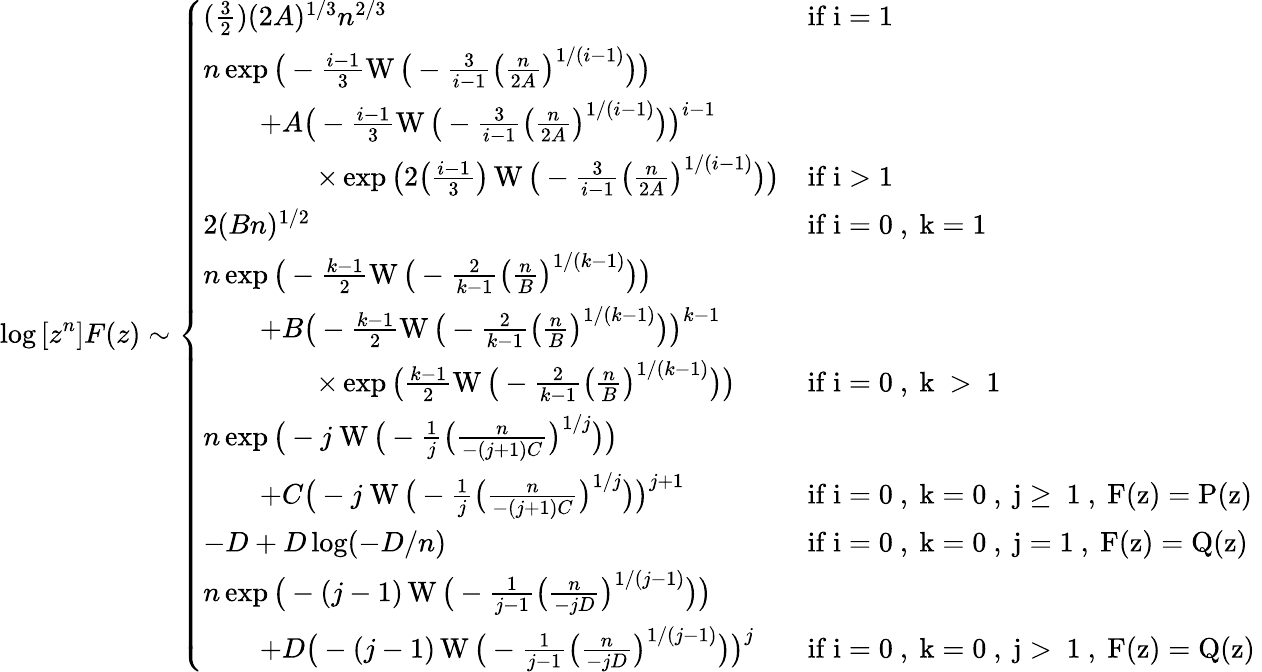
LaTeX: \log{[z^{n}]F(z)}\sim\left\{ \begin{array}{ll}{(\frac{3}{2})(2A)^{1/3}n^{2/3}}&{\mathrm{if~i=1~}}\\ {n\exp\big(-\frac{i-1}{3}\operatorname{W}\big(-\frac{3}{i-1}\big(\frac{n}{2A}\big)^{1/(i-1)}\big)\big)}\\ {\qquad+A\big(-\frac{i-1}{3}\operatorname{W}\big(-\frac{3}{i-1}\big(\frac{n}{2A}\big)^{1/(i-1)}\big)\big)^{i-1}}\\ {\qquad\qquad\times\exp\big(2\big(\frac{i-1}{3}\big)\operatorname{W}\big(-\frac{3}{i-1}\big(\frac{n}{2A}\big)^{1/(i-1)}\big)\big)}&{\mathrm{if~i>1~}}\\ {2(Bn)^{1/2}}&{\mathrm{if~i=0~,~k=1~}}\\ {n\exp\big(-\frac{k-1}{2}\operatorname{W}\big(-\frac{2}{k-1}\big(\frac{n}{B}\big)^{1/(k-1)}\big)\big)}\\ {\qquad+B\big(-\frac{k-1}{2}\operatorname{W}\big(-\frac{2}{k-1}\big(\frac{n}{B}\big)^{1/(k-1)}\big)\big)^{k-1}}\\ {\qquad\qquad\times\exp\big(\frac{k-1}{2}\operatorname{W}\big(-\frac{2}{k-1}\big(\frac{n}{B}\big)^{1/(k-1)}\big)\big)}&{\mathrm{if~i=0~,~k~>~1~}}\\ {n\exp\big(-j\! \ \operatorname{W}\big(-\frac{1}{j}\big(\frac{n}{-(j+1)C}\big)^{1/j}\big)\big)}\\ {\qquad+C\big(-j\! \ \operatorname{W}\big(-\frac{1}{j}\big(\frac{n}{-(j+1)C}\big)^{1/j}\big)\big)^{j+1}}&{\mathrm{if~i=0~,~k=0~,~j\geq~1~,~F(z)=P(z)~}}\\ {-D+D\log({-D/n})}&{\mathrm{if~i=0~,~k=0~,~j=1~,~F(z)=Q(z)~}}\\ {n\exp\big(-(j-1)\operatorname{W}\big(-\frac{1}{j-1}\big(\frac{n}{-jD}\big)^{1/(j-1)}\big)\big)}\\ {\qquad+D\big(-(j-1)\operatorname{W}\big(-\frac{1}{j-1}\big(\frac{n}{-jD}\big)^{1/(j-1)}\big)\big)^{j}}&{\mathrm{if~i=0~,~k=0~,~j>~1~,~F(z)=Q(z)~}}\end{array}\right.